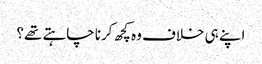
اپنے ہی خلاف وہ کچھ کرنا چاہتے تھے؟